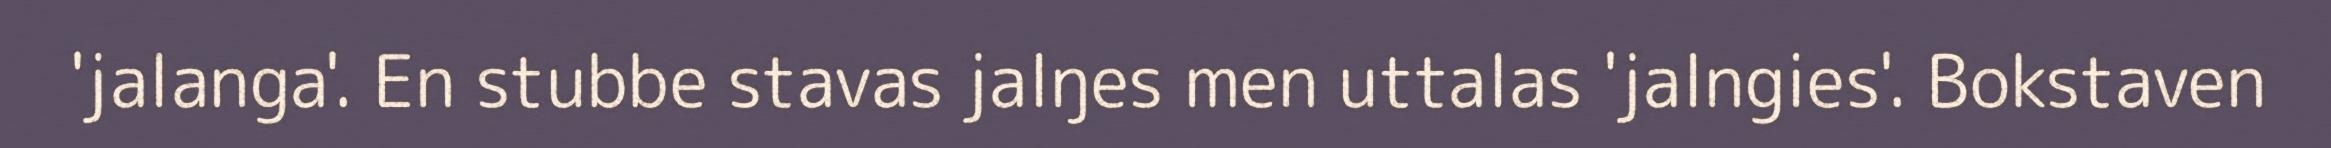
'jalanga'. En stubbe stavas jalŋes men uttalas 'jalngies'. Bokstaven